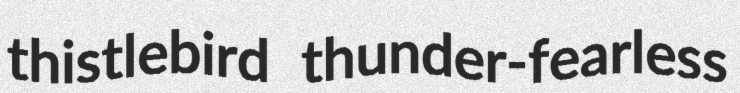
thistlebird thunder-fearless